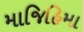
માજિહિમા